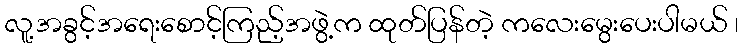
လူ့အခွင့်အရေးစောင့်ကြည့်အဖွဲ့က ထုတ်ပြန်တဲ့ ကလေးမွေးပေးပါမယ် ၊